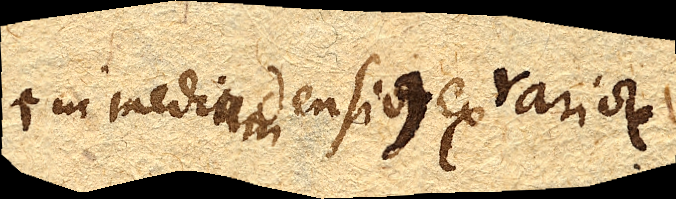
in medium densius ex rariore